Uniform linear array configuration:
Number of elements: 24
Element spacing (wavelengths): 1
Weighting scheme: hamming
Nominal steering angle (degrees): -30
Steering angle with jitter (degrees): -31.438
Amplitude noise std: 0.05
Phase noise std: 0.05

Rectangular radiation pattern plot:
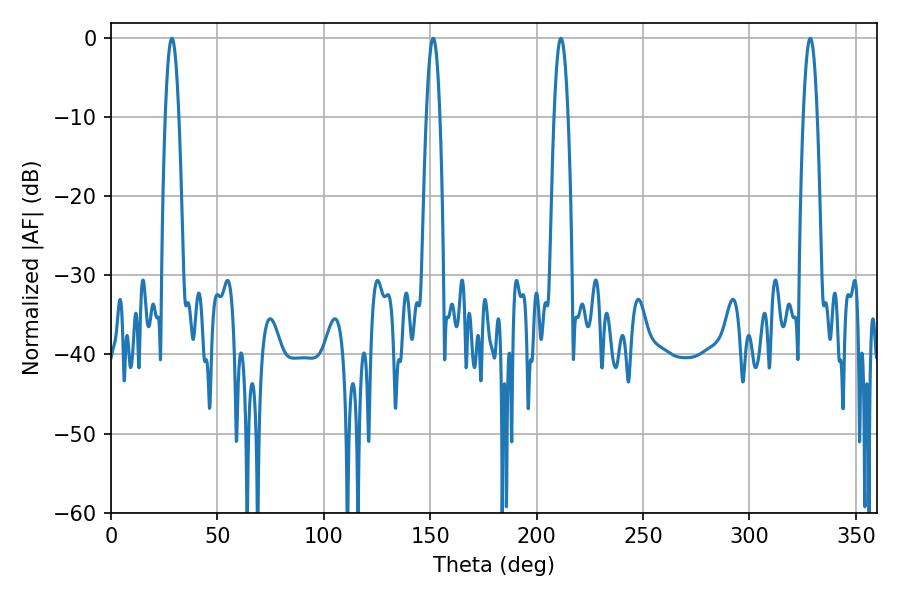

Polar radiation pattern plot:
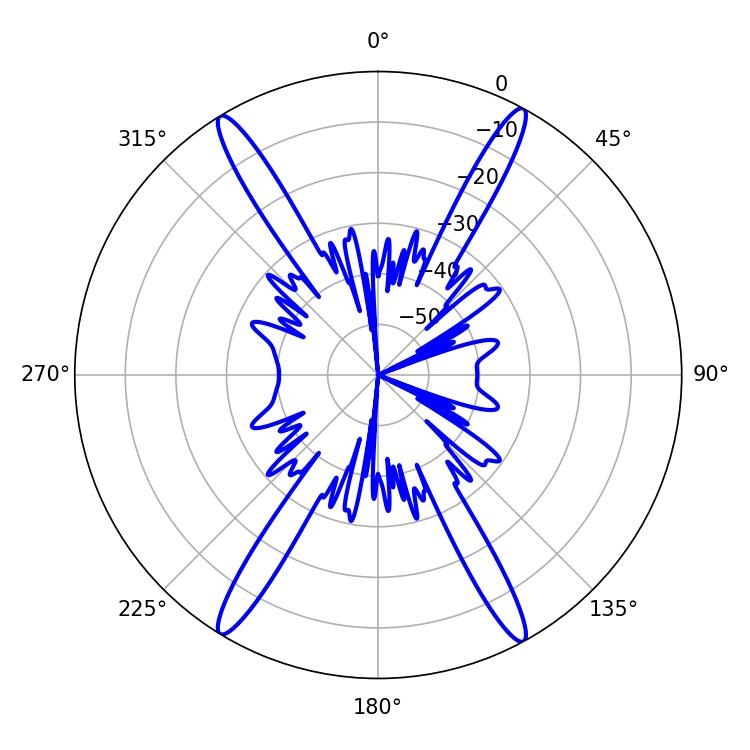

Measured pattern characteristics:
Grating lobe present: TRUE
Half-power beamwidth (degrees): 3.6
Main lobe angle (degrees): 28.62